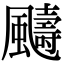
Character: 䬞